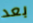
بعد